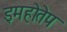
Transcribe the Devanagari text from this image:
इमहोतेप